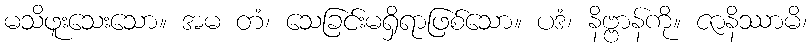
မသိဖူးသေးသော။ အမ တံ၊ သေခြင်းမရှိရာဖြစ်သော။ ပဒံ၊ နိဗ္ဗာန်ကို။ ဇာနိဿာမိ၊